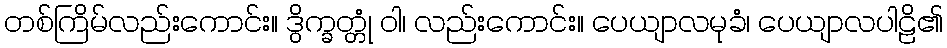
တစ်ကြိမ်လည်းကောင်း။ ဒွိက္ခတ္တုံ ဝါ၊ လည်းကောင်း။ ပေယျာလမုခံ၊ ပေယျာလပါဠိ၏